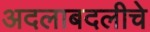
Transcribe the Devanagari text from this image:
अदलाबदलीचे